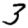
Digit: 3